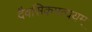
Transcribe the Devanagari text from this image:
दैवसिकमत्ययम्‌